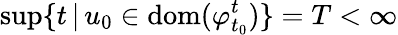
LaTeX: \operatorname*{sup}\{ t\, |\, u_{0}\in\mathrm{dom}(\varphi_{t_{0}}^{t})\} =T<\infty